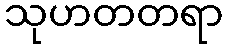
သုဟတတရာ